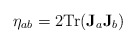
\begin{align*}\eta_{ab} = 2 {\mathrm{Tr}}(\mathbf{J}_a\mathbf{J}_b)\end{align*}